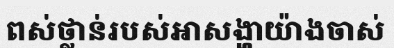
ពស់ថ្លាន់របស់អាសង្ហាយ៉ាងចាស់